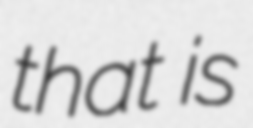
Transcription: that is